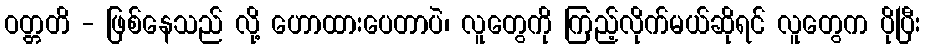
ဝတ္တတိ - ဖြစ်နေသည် လို့ ဟောထားပေတာပဲ၊ လူတွေကို ကြည့်လိုက်မယ်ဆိုရင် လူတွေက ပိုပြီး